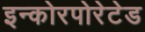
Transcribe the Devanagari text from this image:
इन्कोरपोरेटेड